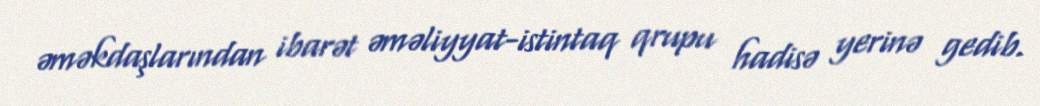
əməkdaşlarından ibarət əməliyyat-istintaq qrupu hadisə yerinə gedib.